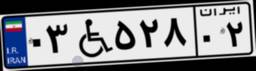
۰۳W۵۲۸۰۲